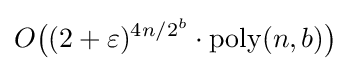
O{\big (}(2+\varepsilon )^{4n/2^{b}}\cdot \mathrm {poly} (n,b){\big )}